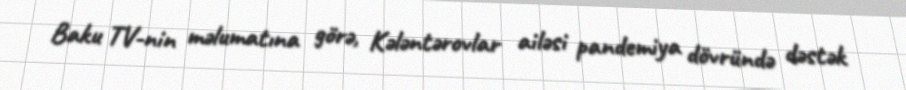
Baku TV-nin məlumatına görə, Kələntərovlar ailəsi pandemiya dövründə dəstək